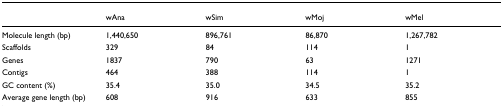
<table><thead><tr><td></td><td><b>wAna</b></td><td><b>wSim</b></td><td><b>wMoj</b></td><td><b>wMel</b></td></tr></thead><tbody><tr><td>Molecule length (bp)</td><td>1,440,650</td><td>896,761</td><td>86,870</td><td>1,267,782</td></tr><tr><td>Scaffolds</td><td>329</td><td>84</td><td>114</td><td>1</td></tr><tr><td>Genes</td><td>1837</td><td>790</td><td>63</td><td>1271</td></tr><tr><td>Contigs</td><td>464</td><td>388</td><td>114</td><td>1</td></tr><tr><td>GC content (%)</td><td>35.4</td><td>35.0</td><td>34.5</td><td>35.2</td></tr><tr><td>Average gene length (bp)</td><td>608</td><td>916</td><td>633</td><td>855</td></tr></tbody></table>